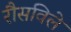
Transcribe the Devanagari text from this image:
रौसविले